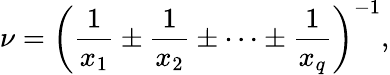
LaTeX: \nu=\left(\frac{1}{x_{1}}\pm\frac{1}{x_{2}}\pm\dots\pm\frac{1}{x_{q}}\right)^{-1},